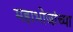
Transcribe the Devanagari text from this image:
महाभोजांच्या